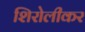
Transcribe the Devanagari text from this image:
शिरोलीकर